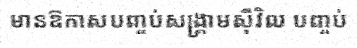
មានឱកាសបញ្ចប់សង្គ្រាមស៊ីវិល បញ្ចប់